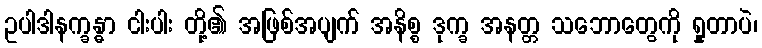
ဥပါဒါနက္ခန္ဓာ ငါးပါး တို့၏ အဖြစ်အပျက် အနိစ္စ ဒုက္ခ အနတ္တ သဘောတွေကို ရှုတာပဲ၊